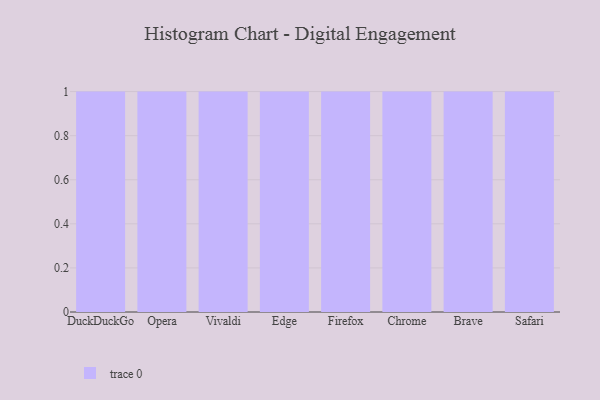
{"axis": {"x": "Browser", "y": "Humidity (%)"}, "legend": [""], "data": [{"x": "DuckDuckGo", "y": 85, "type": ""}, {"x": "Opera", "y": 75, "type": ""}, {"x": "Vivaldi", "y": 42, "type": ""}, {"x": "Edge", "y": 100, "type": ""}, {"x": "Firefox", "y": 4, "type": ""}, {"x": "Chrome", "y": 92, "type": ""}, {"x": "Brave", "y": 84, "type": ""}, {"x": "Safari", "y": 81, "type": ""}]}